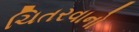
ચિતરવાનો